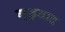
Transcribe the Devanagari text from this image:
गूढ़वाद